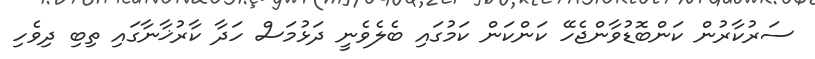
ސަރުކާރުން ކަންބޮޑުވާންޖެހޭ ކަންކަން ކަމުގައި ބެލެވެނީ ދަޅުމަސް ހަދާ ކާރުޚާނާގައި ތިބި ދިވެހި